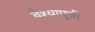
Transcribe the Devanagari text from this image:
वैश्यापुत्री